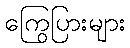
ကြွေပြားများ